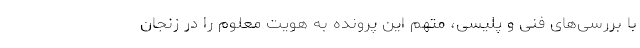
با بررسی‌های فنی و پلیسی، متهم این پرونده به هویت معلوم را در زنجان